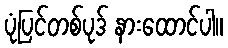
ပုံပြင်တစ်ပုဒ် နားထောင်ပါ။